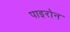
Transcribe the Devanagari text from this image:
पाइरोन